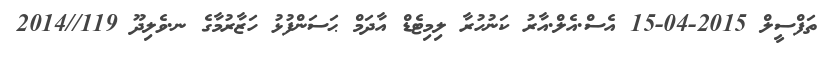
ތަފްސީލް 2015-04-15 އެސް.އެލް.އާރު ކަނުހުރާ ލިމިޓެޑް އާދަމް ޙަސަންފުޅު ހަޒާރުމާގެ ނ.ވެލިދޫ 119//2014